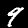
Label: 9